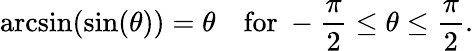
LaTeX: \arcsin(\sin(\theta))=\theta\quad{\mathrm{for~}}-{\frac{\pi}{2}}\leq\theta\leq{\frac{\pi}{2}}.